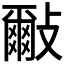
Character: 𣀑